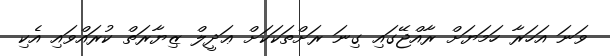
ވަނަ އަހަރާ ހަމަޔަށް ރާއްޖޭގައި ގިނަ ރަށްތަކަކަށް ޢަދީލް ޒިޔާރަތް ކުރައްވައި އެކި